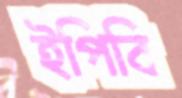
ইপিবি